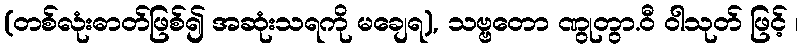
(တစ်လုံးဓာတ်ဖြစ်၍ အဆုံးသရကို မချေရ), သဗ္ဗတော ဏွုတွာ.ဝီ ဝါသုတ် ဖြင့် ၊